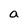
Character: a